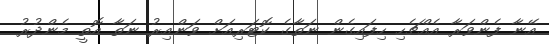
އޭނާ ފެންވަރާ އެއްޗެހި ހިފައިގެން ނަތާގެ ކޮޓަރިއަށް ވަންއިރު ނަތާ އޮތީ މެންދުރު